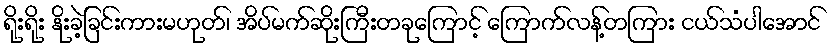
ရိုးရိုး နိုးခဲ့ခြင်းကားမဟုတ်၊ အိပ်မက်ဆိုးကြီးတခုကြောင့် ကြောက်လန့်တကြား ငယ်သံပါအောင်